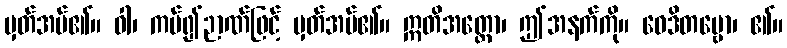
မှတ်အပ်၏။ ဝါ၊ ကပ်၍ဉာဏ်ဖြင့် မှတ်အပ်၏။ ဣတိအတ္ထော၊ ဤအနက်ကို။ ဝေဒိတဗ္ဗော၊ ၏။